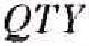
QTY